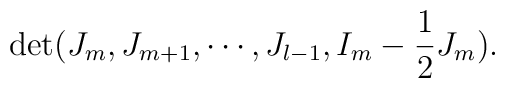
\det(J_m,J_{m+1},\cdots,J_{l-1},I_m-\frac{1}{2}J_m).